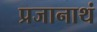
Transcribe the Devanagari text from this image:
प्रजानाथं